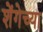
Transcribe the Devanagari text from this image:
शेंगेच्या